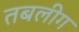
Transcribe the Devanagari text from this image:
तबलीग